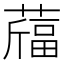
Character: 𦽪